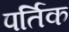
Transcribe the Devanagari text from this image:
पर्तिक